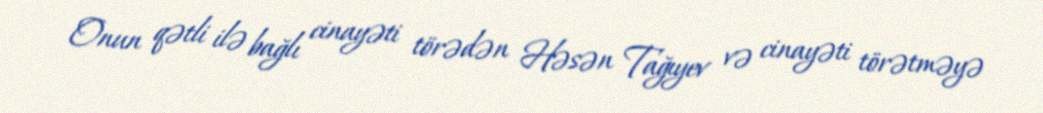
Onun qətli ilə bağlı cinayəti törədən Həsən Tağıyev və cinayəti törətməyə